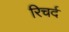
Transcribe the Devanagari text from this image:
रिचर्द